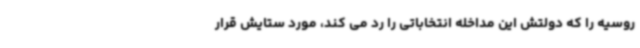
روسیه را که دولتش این مداخله انتخاباتی را رد می کند، مورد ستایش قرار